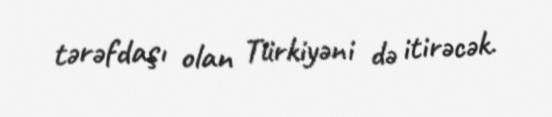
tərəfdaşı olan Türkiyəni də itirəcək.